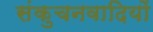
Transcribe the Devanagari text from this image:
संकुचनवादियों